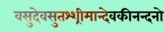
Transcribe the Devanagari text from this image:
वसुदेवसुतश्श्रीमान्देवकीनन्दनो